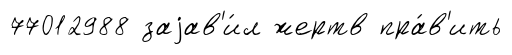
77012988 заjав'и́л жертв пра́в'ить